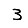
Digit: 3